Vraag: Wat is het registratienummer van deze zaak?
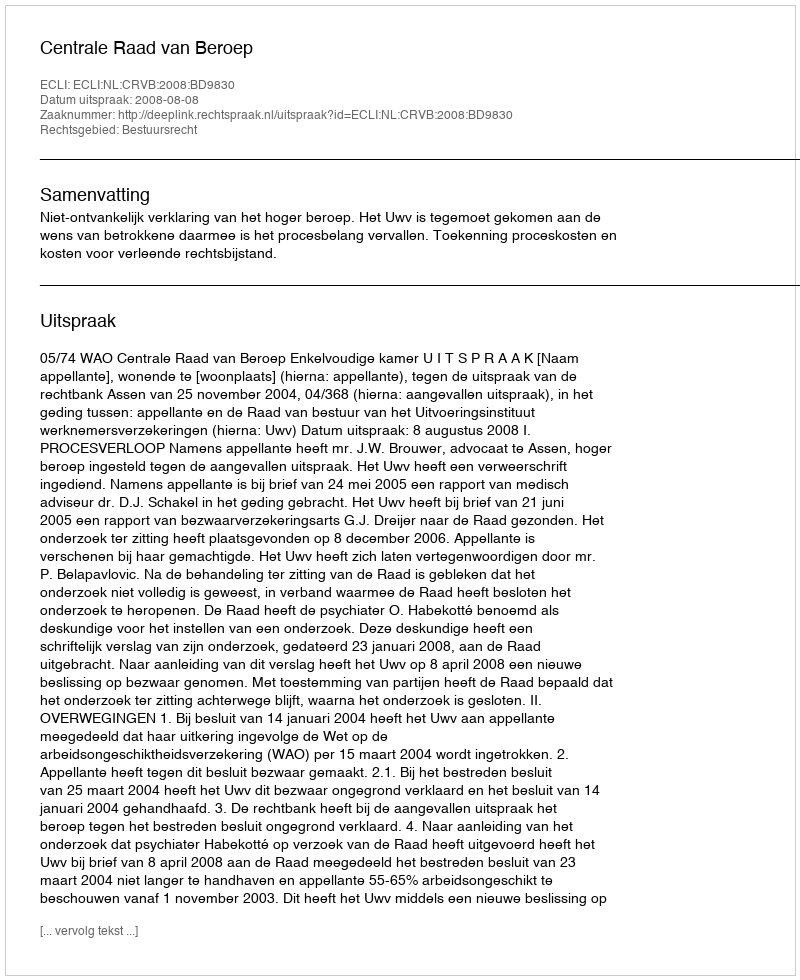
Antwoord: http://deeplink.rechtspraak.nl/uitspraak?id=ECLI:NL:CRVB:2008:BD9830